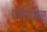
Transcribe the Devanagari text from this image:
पॉलिसीवर